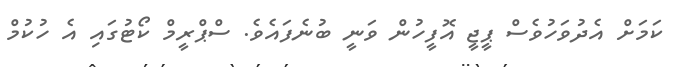
ކަމަށް އެދުވަހުވެސް ޕީޖީ އޮފީހުން ވަނީ ބުނެފައެވެ. ސްޕްރީމް ކޯޓުގައި އެ ހުކުމް